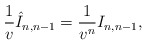
\begin{align*} \frac{1}{v}\hat{I}_{n,n-1}=\frac{1}{v^n}I_{n,n-1},\end{align*}